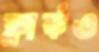
ক্লার্কও